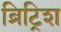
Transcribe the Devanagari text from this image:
ब्रिट्रिश